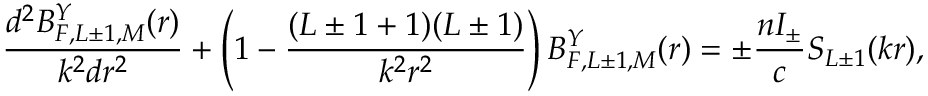
\frac { d ^ { 2 } B _ { F , L \pm 1 , M } ^ { Y } ( r ) } { k ^ { 2 } d r ^ { 2 } } + \left( 1 - \frac { ( L \pm 1 + 1 ) ( L \pm 1 ) } { k ^ { 2 } r ^ { 2 } } \right) B _ { F , L \pm 1 , M } ^ { Y } ( r ) = \pm \frac { n { \cal I } _ { \pm } } { c } S _ { L \pm 1 } ( k r ) ,